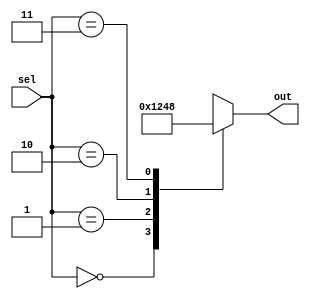
module priority_case(
    input wire [1:0] sel,
    output reg [3:0] out
);

always @(*)
begin
    case (sel)
        2'b00: out = 4'b0001;
        2'b01: out = 4'b0010;
        2'b10: out = 4'b0100;
        2'b11: out = 4'b1000;
    endcase
end

endmodule